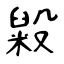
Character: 毇